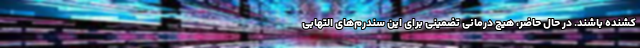
کشنده باشند. در حال حاضر، هیچ درمانی تضمینی برای این سندرم‌های التهابی